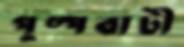
পুষ্পবাটী